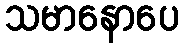
သမာနောပေ